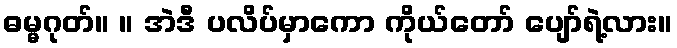
ဓမ္မဂုတ်။ ။ အဲဒီ ပလိပ်မှာကော ကိုယ်တော် ပျော်ရဲ့လား။